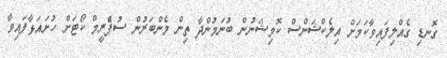
ގޮނޑި ގެއްލިފައިވާކަމަށް އިލެކްޝަންސް ކޮމިޝަނުން ބުނަމުންދާ ތިން މެންބަރުން ސުޕްެރީމް ކޯޓަށް ހުށައަޅާފައިވާ